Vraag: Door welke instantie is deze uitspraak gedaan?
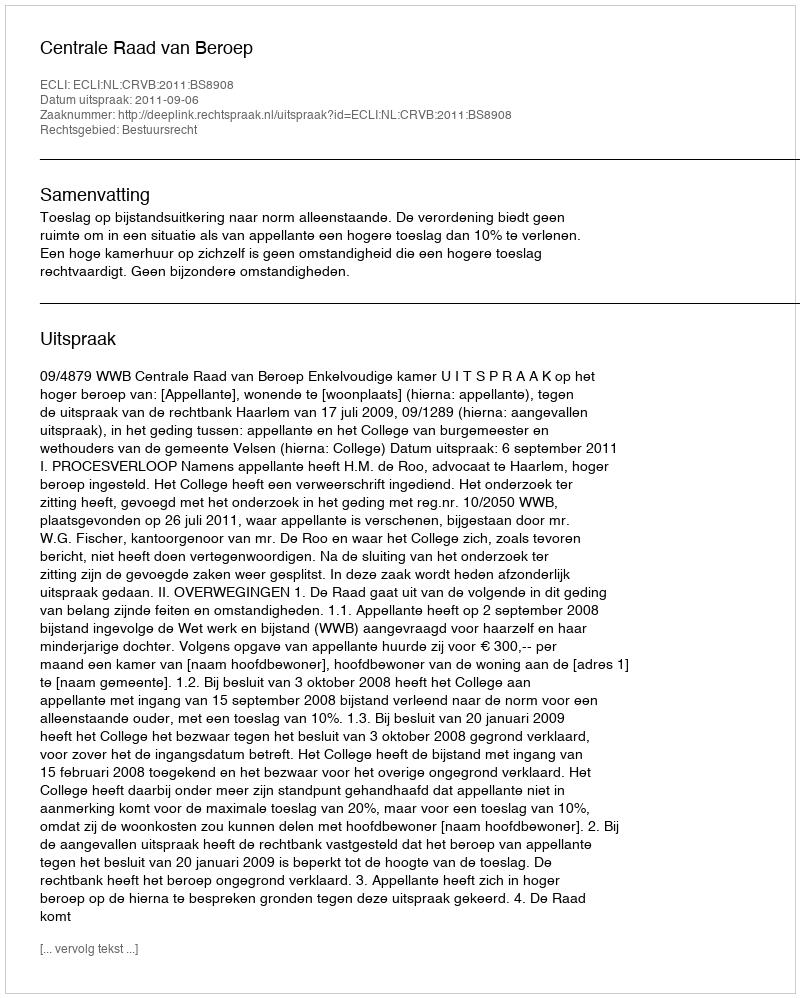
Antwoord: Centrale Raad van Beroep